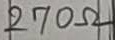
Text: 270Ω